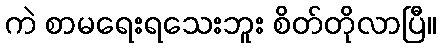
ကဲ စာမရေးရသေးဘူး စိတ်တိုလာပြီ။